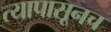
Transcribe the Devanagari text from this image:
त्यापासूनच